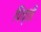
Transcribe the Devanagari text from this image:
पिच्छी